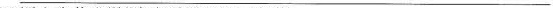
___